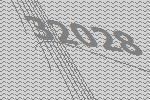
32028